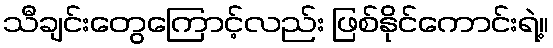
သီချင်းတွေကြောင့်လည်း ဖြစ်နိုင်ကောင်းရဲ့။